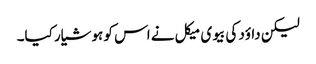
لیکن داؤد کی بیوی میکل نے اس کو ہوشیار کیا۔